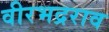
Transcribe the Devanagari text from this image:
वीरभद्रराव